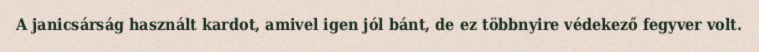
A janicsárság használt kardot, amivel igen jól bánt, de ez többnyire védekező fegyver volt.